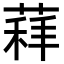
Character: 𦷑